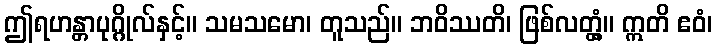
ဤရဟန္တာပုဂ္ဂိုလ်နှင့်။ သမသမော၊ တူသည်။ ဘဝိဿတိ၊ ဖြစ်လတ္တံ့။ ဣတိ ဧဝံ၊